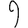
Digit: 9